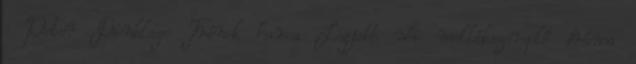
: Peter Dinklage Trónok harca Legjobb női mellékszereplő dráma